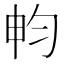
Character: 𣌨